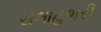
સલાહભરી